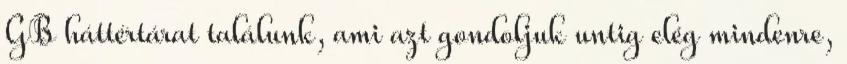
GB háttértárat találunk, ami azt gondoljuk untig elég mindenre,